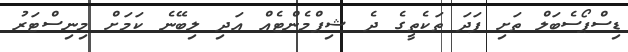
ޑިސްޕޯސެބަލް ތަށި ފަދަ ތަކެތީގެ ދެ ޝިޕްމެންޓެއް އަދި ލިބޭނެ ކަމަށް މިނިސްޓަރު